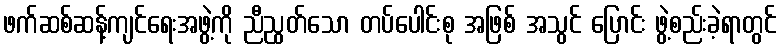
ဖက်ဆစ်ဆန့်ကျင်ရေးအဖွဲ့ကို ညီညွတ်သော တပ်ပေါင်းစု အဖြစ် အသွင် ပြောင်း ဖွဲ့စည်းခဲ့ရာတွင်